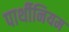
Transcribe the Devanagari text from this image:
पार्थीनियम